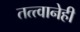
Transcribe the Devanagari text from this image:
तत्त्वानेही